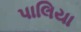
પાલિયા